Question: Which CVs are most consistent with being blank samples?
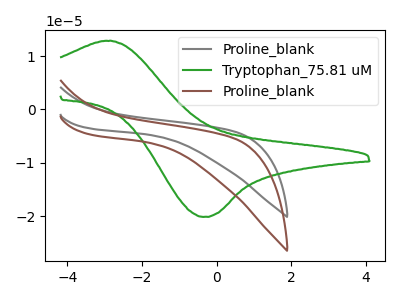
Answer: <think>The gray curve "Proline_blank" has no peaks. The green curve "Tryptophan_75.81 uM" has an anodic peak at (-2.85V, 12.85uA) and a cathodic peak at (-0.35V, -20.10uA). The brown curve "Proline_blank" has no peaks.</think>
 <answer>"Proline_blank" and "Proline_blank" are likely to be blanks.</answer>
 <eval>"Proline_blank", "Proline_blank"</eval>